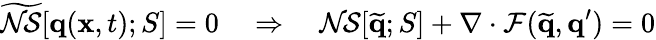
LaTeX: \widetilde{\mathcal{NS}}[\mathbf{q}(\mathbf{x},t);S]=0\quad\Rightarrow\quad\mathcal{NS}[\widetilde{\mathbf{q}};S]+\nabla\cdot\mathcal{F}(\widetilde{\mathbf{q}},\mathbf{q}^{\prime})=0